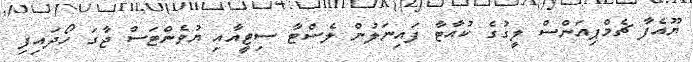
ޔޫއެފާ ޗެމްޕިއަންސް ލީގުގެ ކުއާޓާ ފައިނަލުން ލެސްޓާ ސިޓީއާއި ޔުވެންޓަސް ޖާގަ ހޯދައިފި